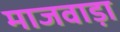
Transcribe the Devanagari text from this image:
माजवाड़ा